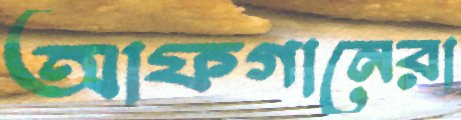
আফগানেরা